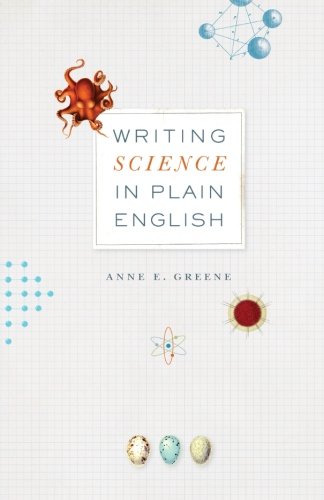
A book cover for Writing Science in Plain English (Chicago Guides to Writing, Editing, and Publishing); Anne E. Greene; Science & Math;